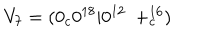
LaTeX: V _ { 7 } = ( 0 _ { c } 0 ^ { 1 8 } | 0 ^ { 1 2 } \ + _ { c } ^ { 1 6 } )